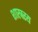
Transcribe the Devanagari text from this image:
शास्त्रस्य